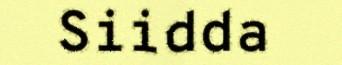
Siidda